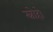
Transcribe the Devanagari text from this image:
स्नोहो